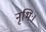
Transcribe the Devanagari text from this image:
नृभिः।